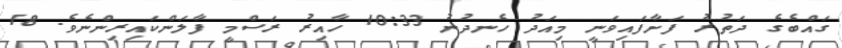
ގައްބެގެ ދަތުރު ފަށާފައިވަނީ މިއަދު ހެނދުނު 10:33 ހާއިރު ރަސްމީ ފާލަންކައިރިންނެވެ. 18